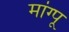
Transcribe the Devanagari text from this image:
मांग्पू